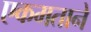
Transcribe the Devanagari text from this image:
एकमताने